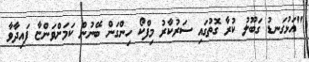
"އަޅުގަނޑު ގަބޫލު ކުރާ ގޮތުގައި ސަރުކާާރު މިފްކޯ ހިންގަން ބޭނުން ކަމަށްވަންޏާ ފައިދާވާ